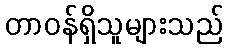
တာဝန်ရှိသူများသည်